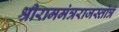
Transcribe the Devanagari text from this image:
श्रीराममंत्रराजस्तोत्रं